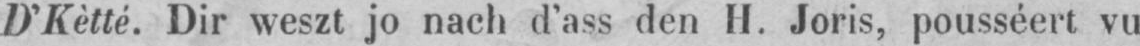
D’Kètté. Dir weszt jo nach d’ass den H. Joris, pousséert vu